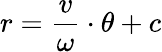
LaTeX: r={\frac{v}{\omega}}\cdot\theta+c